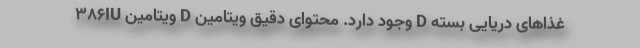
۳۸۶IU ویتامین D وجود دارد. محتوای دقیق ویتامین D غذاهای دریایی بسته